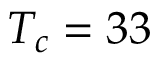
T _ { c } = 3 3